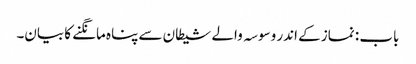
باب : نماز کے اندر وسوسہ والے شیطان سے پناہ مانگنے کا بیان۔